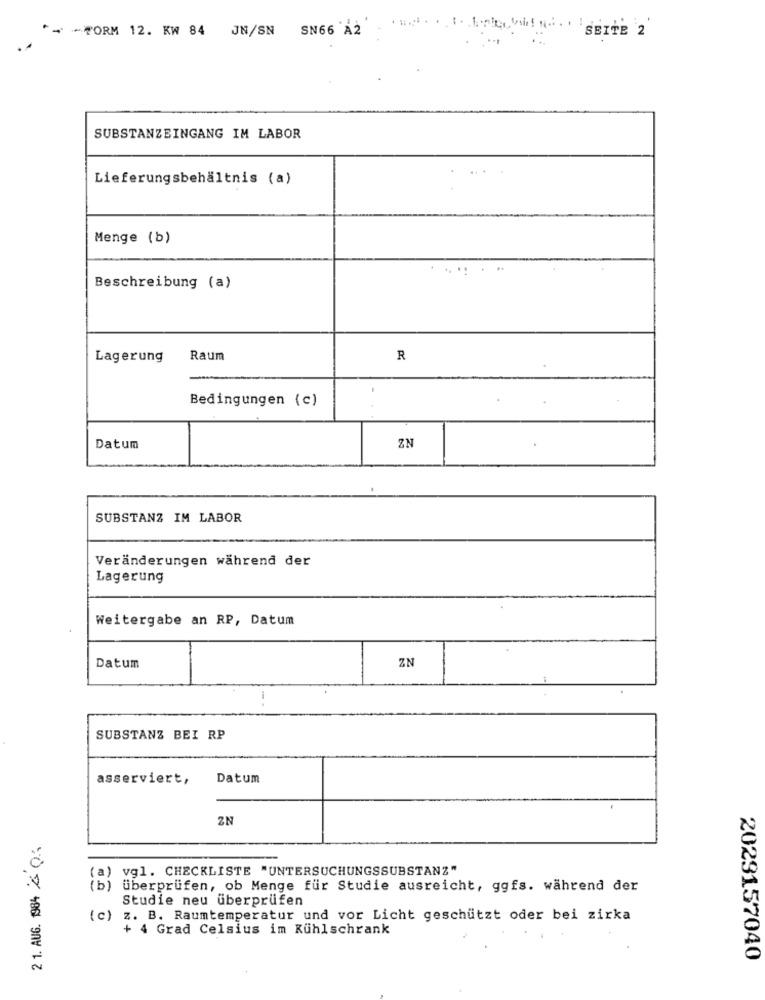
*- - FORM 12. KW 84 JN/SN SN66 A2
SUBSTANZEINGANG IM LABOR
Lieferungsbehältnis (a)
Menge (b)
....
Beschreibung (a)
Lagerung
Raum
R
Bedingungen (c)
Datum
ZN
SUBSTANZ IM LABOR
Veränderungen während der
Lagerung
Weitergabe an RP, Datum
ZN
Datum
SUBSTANZ BEI RP
asserviert,
Datum
ZN
2 1. AUG. 1984 0.
(a) vgl. CHECKLISTE "UNTERSUCHUNGSSUBSTANZ"
(b)
überprüfen, ob Menge für Studie ausreicht, ggfs. während der
Studie neu überprüfen
(c)
z. B. Raumtemperatur und vor Licht geschützt oder bei zirka
+ 4 Grad Celsius im Kühlschrank
2029157040